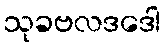
သုခဗလဒဒေါ